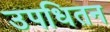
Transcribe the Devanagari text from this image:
उपधितन